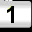
Digit: 1